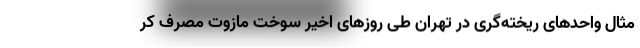
مثال واحدهای ریخته‌گری در تهران طی روزهای اخیر سوخت مازوت مصرف کر